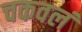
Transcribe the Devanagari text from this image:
चकवलं